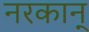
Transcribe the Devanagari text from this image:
नरकान्